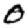
Digit: 0